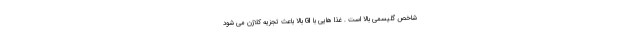
شاخص گلیسمی بالا است . غذا هایی با GI بالا باعث تجزیه کلاژن می شود